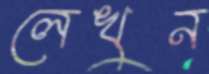
লেখুন